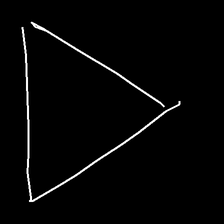
Glyph: convergence